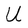
Character: U